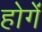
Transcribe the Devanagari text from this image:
होगेंं